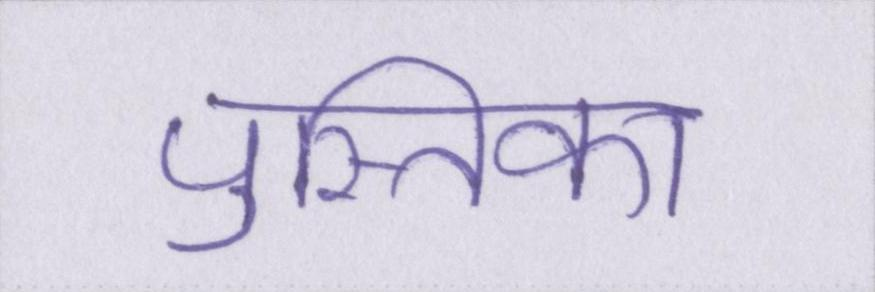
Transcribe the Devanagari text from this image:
पुस्तिका